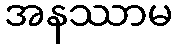
အနဿာမ